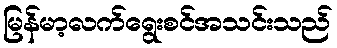
မြန်မာ့လက်ရွေးစင်အသင်းသည်